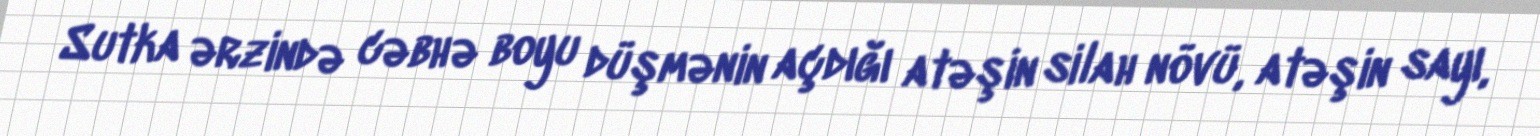
Sutka ərzində cəbhə boyu düşmənin açdığı atəşin silah növü, atəşin sayı,